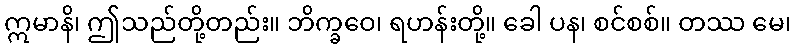
ဣမာနိ၊ ဤသည်တို့တည်း။ ဘိက္ခဝေ၊ ရဟန်းတို့။ ခေါ ပန၊ စင်စစ်။ တဿ မေ၊